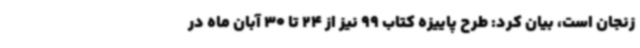
زنجان است، بیان کرد: طرح پاییزه کتاب 99 نیز از 24 تا 30 آبان ماه در